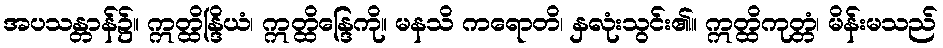
အပသန္တာန်၌။ ဣတ္ထိန္ဒြိယံ၊ ဣတ္ထိန္ဒြေကို။ မနသိ ကရောတိ၊ နှလုံးသွင်း၏။ ဣတ္ထိကုတ္တံ၊ မိန်းမသည်